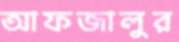
আফজালুর